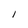
Character: l